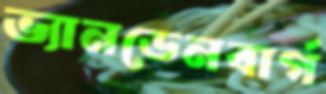
ভ্যানডেনবার্গ